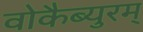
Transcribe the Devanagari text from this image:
वोकैब्युरम्